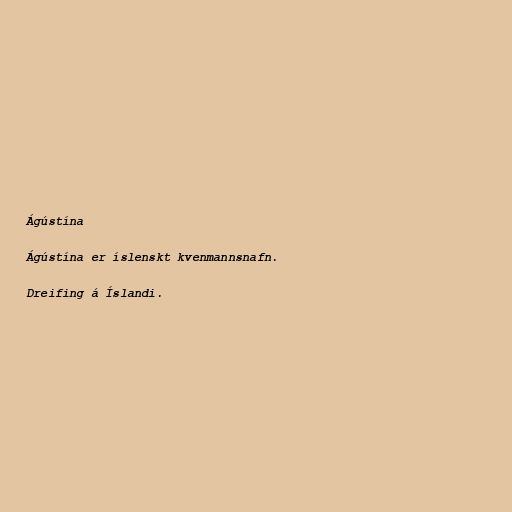
Ágústína

Ágústína er íslenskt kvenmannsnafn.

Dreifing á Íslandi.